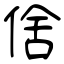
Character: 倽